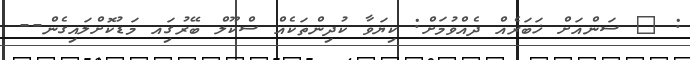
: @ ސަންއަށް ޚަބަރެއް ދެއްވުމަށް: ކިޔަވާ ކުދިންތަކެއް ސްކޫލް ބޭރުގަިއ މަޑުކޮށްލައިގެން--